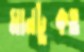
মানটুকও